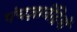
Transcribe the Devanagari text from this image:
पंचज्ञानेंद्रियों